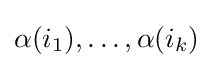
\alpha (i_{1}),\ldots ,\alpha (i_{k})